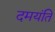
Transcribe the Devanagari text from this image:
दमयंति